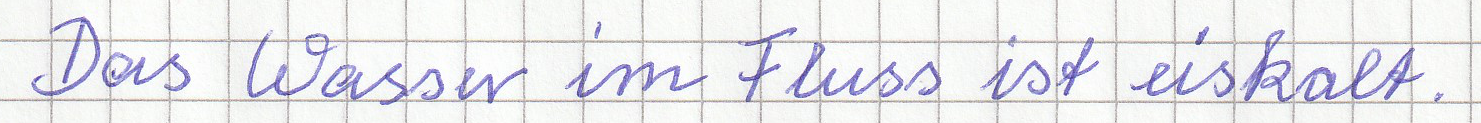
Das Wasser im Fluss ist eiskalt.